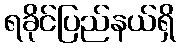
ရခိုင်ပြည်နယ်ရှိ